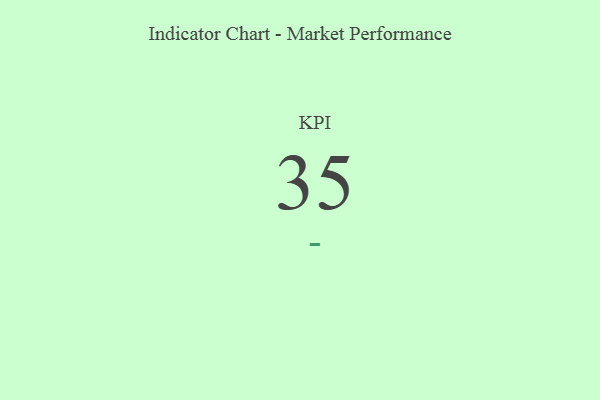
{"axis": {"x": "KPI", "y": "Value"}, "legend": [""], "data": [{"x": "KPI", "y": 35, "type": ""}]}